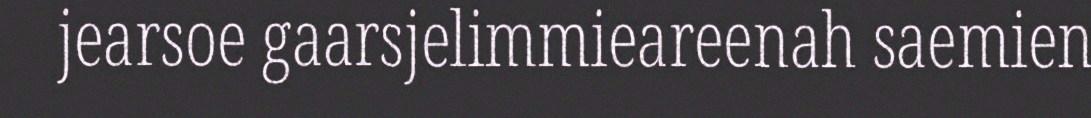
jearsoe gaarsjelimmieareenah saemien